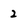
Character: 2